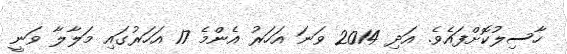
ހާސިލުކޮށްފައެވެ. އަދި 2014 ވަނަ އަހަރު އެންމެ 17 އަހަރުގައި މަލާލާ ވަނީ